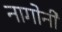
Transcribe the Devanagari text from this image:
नागोर्नी